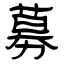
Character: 募